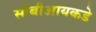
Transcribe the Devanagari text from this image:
सीबीआयकडे